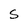
Character: S